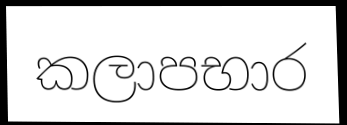
කලාපභාර